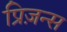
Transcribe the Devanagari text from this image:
प्रिज़न्स